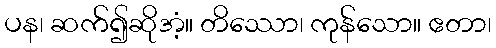
ပန၊ ဆက်၍ဆိုအံ့။ တိဿော၊ ကုန်သော။ ဧတာ၊